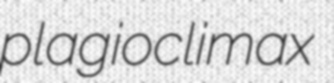
plagioclimax